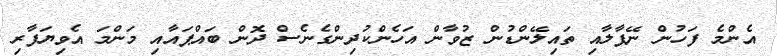
އެންމެ ފަހުން ނޭޕާލާއި ތައިލޭންޑުން ޒުވާން އަހެންކުދިންގެނެސް ދޮން ބައްޕައާއި މަންމަ އެވިޔަފާރި